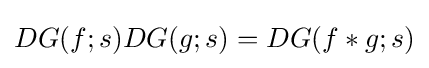
DG(f;s)DG(g;s)=DG(f*g;s)